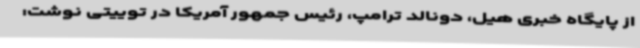
از پایگاه خبری هیل، دونالد ترامپ، رئیس جمهور آمریکا در توییتی نوشت: